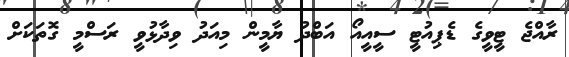
ރާއްޖެ ޓީވީގެ ޑެޕިއުޓީ ސީއީއޯ އަބްދު ޔާމީން މިއަދު ވިދާޅުވީ ރަސްމީ ގޮތަކަށް